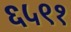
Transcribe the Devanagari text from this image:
६५९१